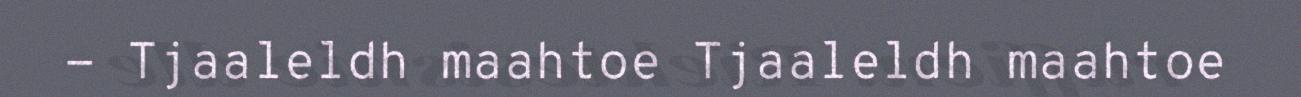
- Tjaaleldh maahtoe Tjaaleldh maahtoe